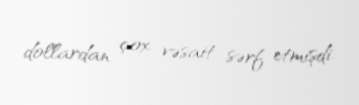
dollardan çox vəsait sərf etmişdi.